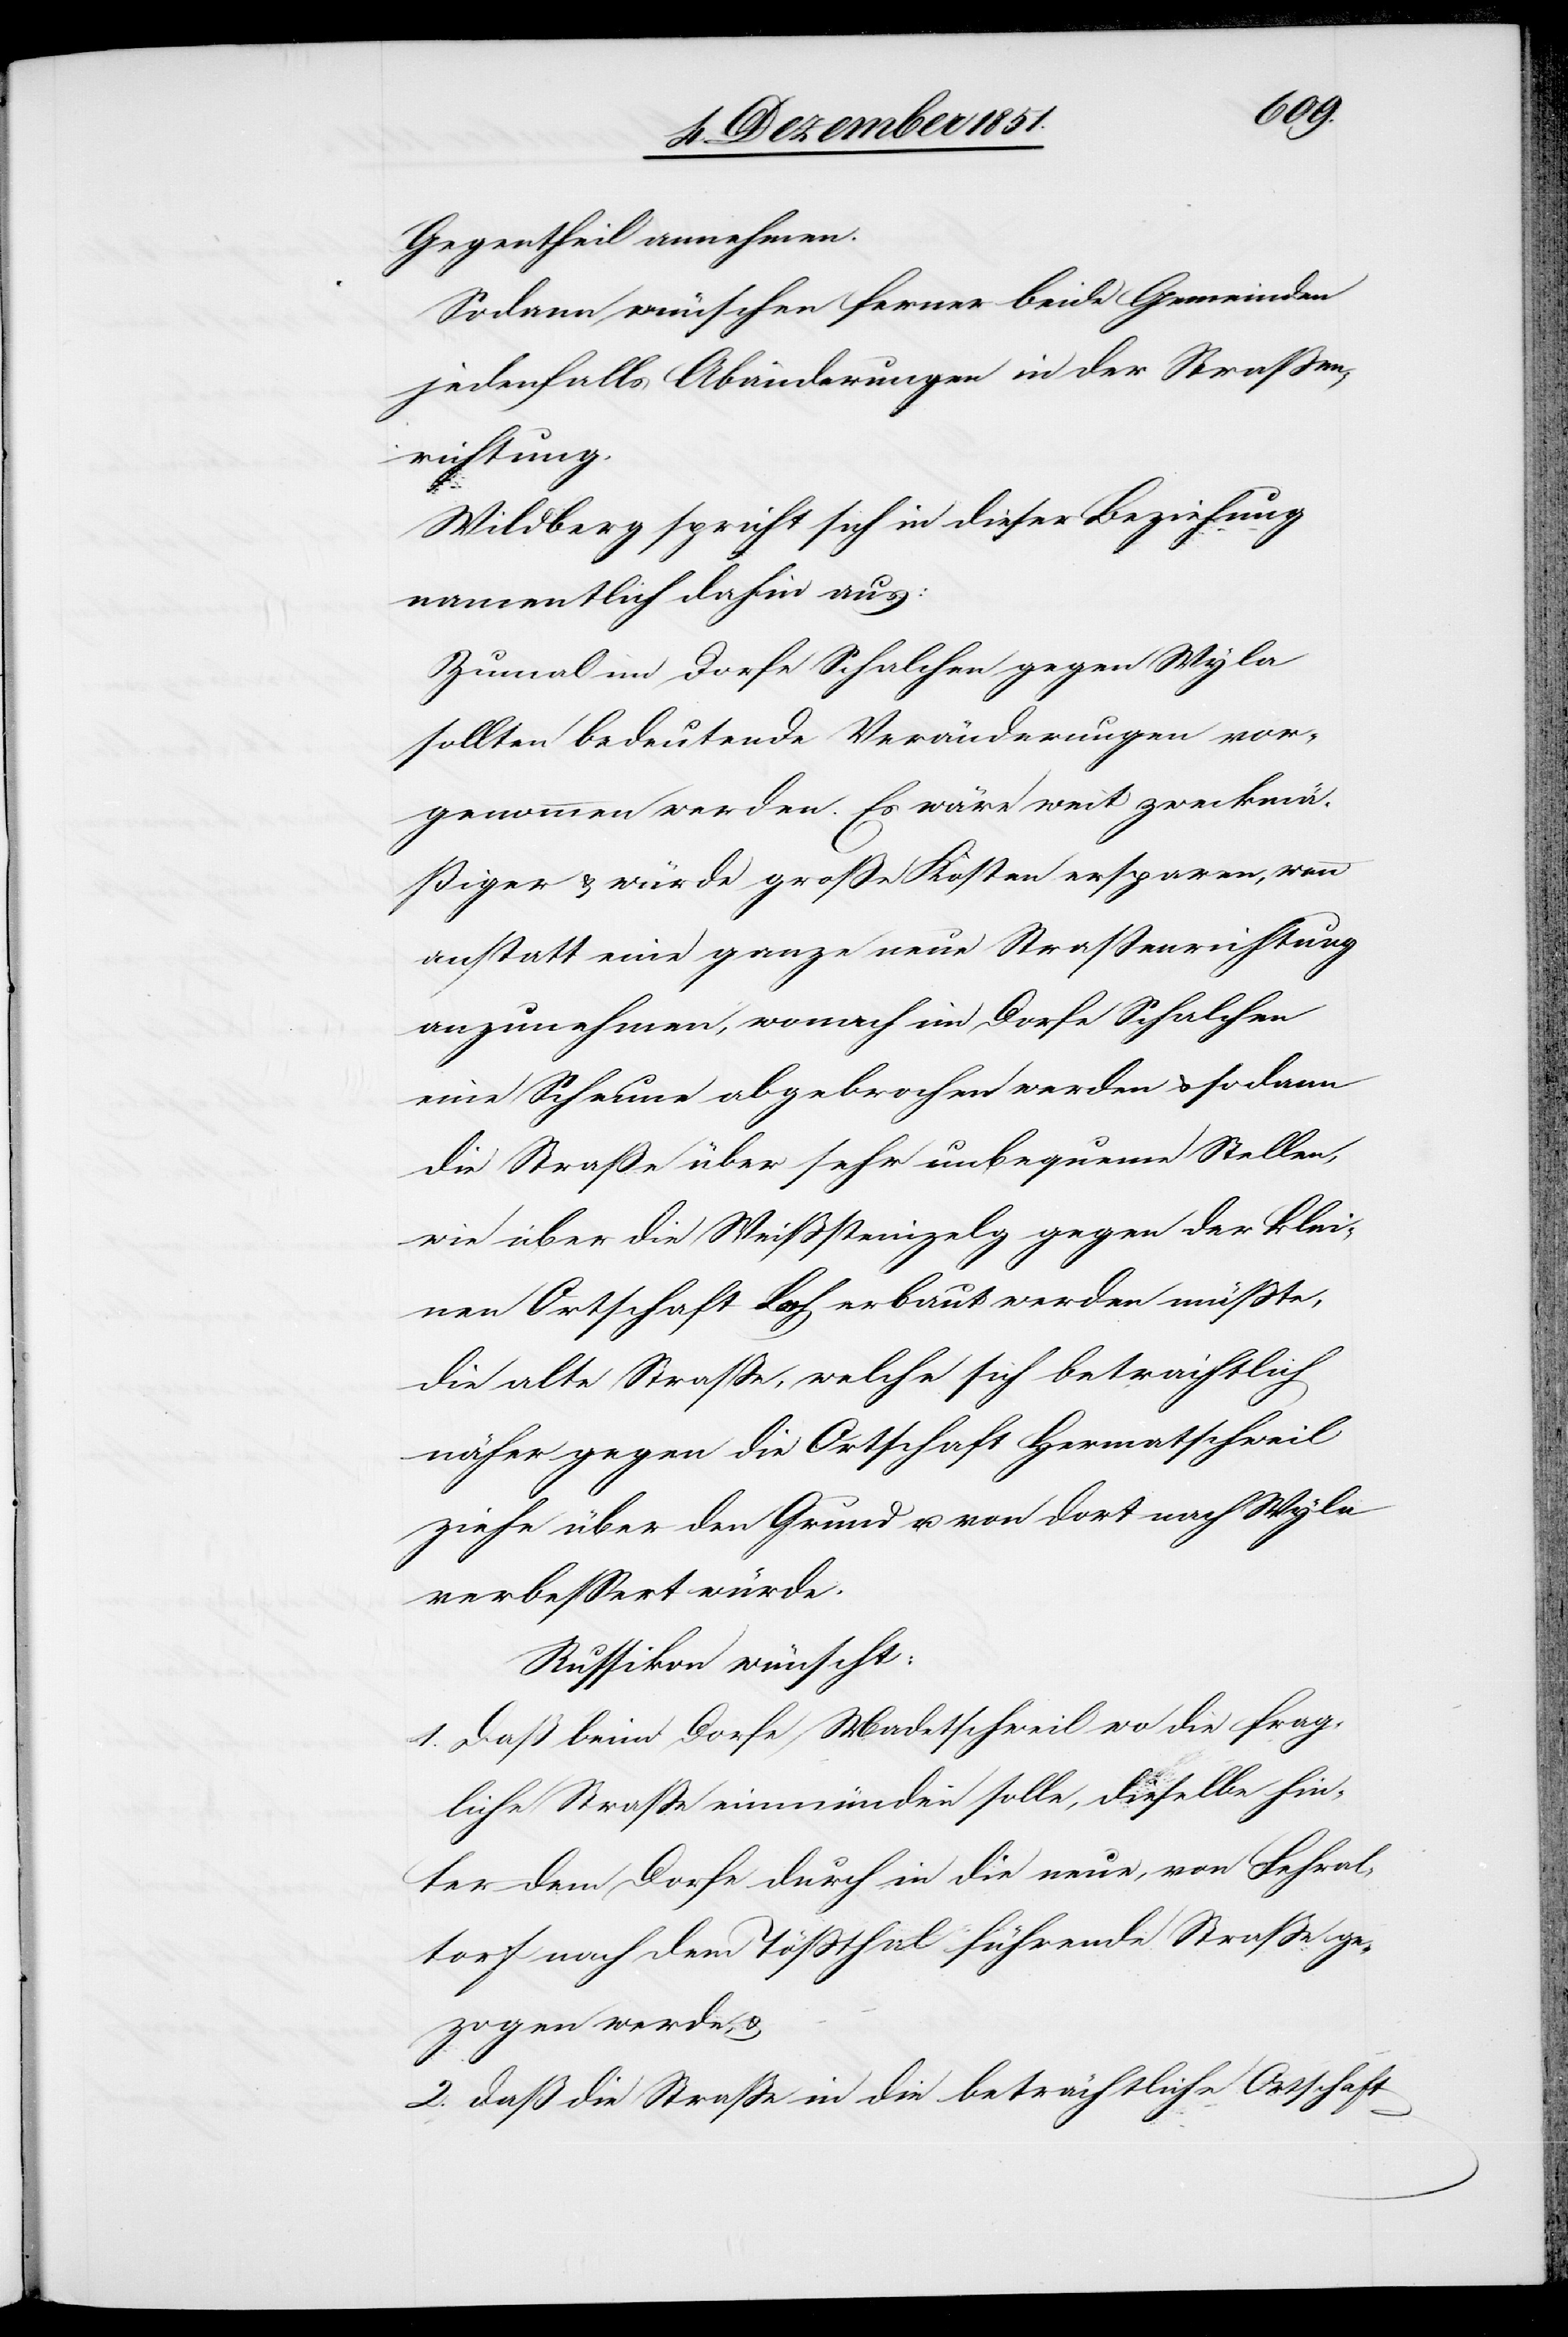
Gegentheil annehmen.
Sodann wünschen ferner beide Gemeinden
jedenfalls Abänderungen in der Straßen¬
richtung.
Wildberg spricht sich in dieser Beziehung
namentlich dahin aus:
Zumal im Dorfe Schalchen gegen Wyla
sollten bedeutende Veränderungen vor¬
genommen werden. Es wäre weit zweckmä¬
ßiger & würde große Kosten ersparen, wenn
anstatt eine ganze neue Straßenrichtung
anzunehmen, wonach im Dorfe Schalchen
eine Scheune abgebrochen werden & sodann
die Straße über sehr unbequeme Stellen,
wie über die Weißsteinzelg gegen der klei¬
nen Ortschaft Loch erbaut werden müßte,
die alte Straße, welche sich beträchtlich
näher gegen die Ortschaft Hermatschweil
ziehe über den Grund u. von dort nach Wyla
verbessert würde.
Russikon wünscht:
1. Daß beim Dorfe Madetschweil wo die frag¬
liche Straße einmünden solle, dieselbe hin¬
ter dem Dorfe durch in die neue, von Fehral¬
torf nach dem Tößthal führende Straße ge¬
zogen werde, &
2. daß die Straße in die beträchtliche Ortschaft